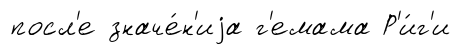
посл'е значе́н'иjа г'емама Р'и́г'и